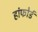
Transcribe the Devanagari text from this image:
हांफोर्ड